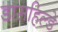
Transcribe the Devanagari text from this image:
डासहिल्डे